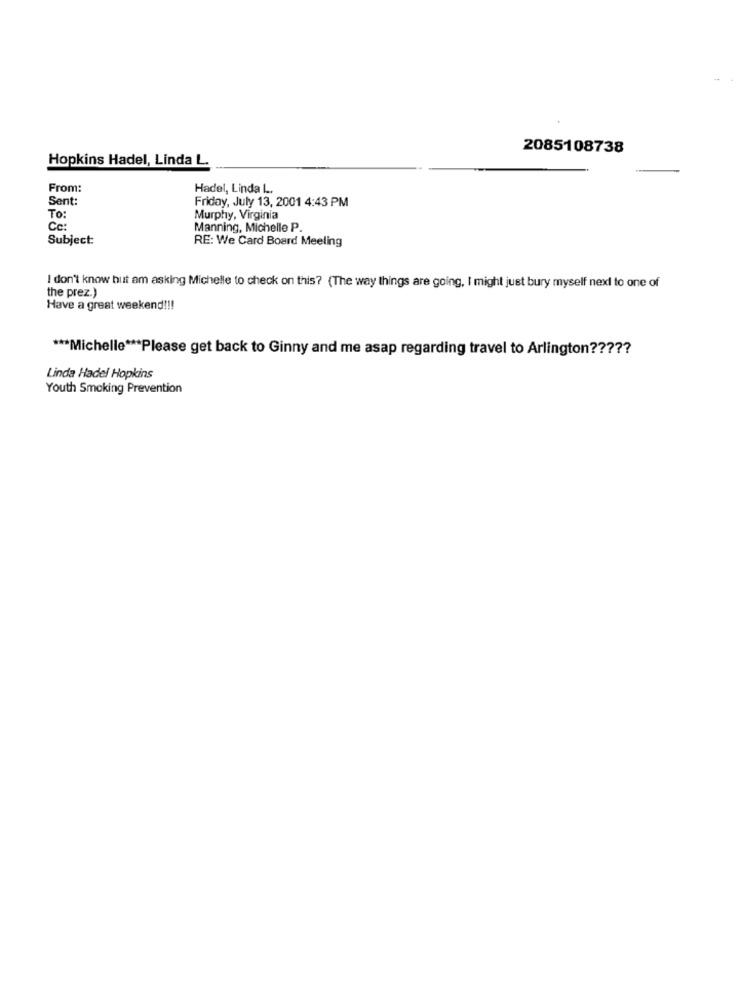
2085108738
Hopkins Hadel, Linda L.
From:
Hadel, Linda L.
Sent:
Friday, July 13, 2001 4:43 PM
To:
Murphy, Virginia
Cc:
Manning, Michelle P.
Subject:
RE: We Card Board Meeling
I don't know but am asking Michelle to check on this? (The way things are going, I might just bury myself next to one of
the prez.)
Have a great weekend !!!
*** Michelle *** Please get back to Ginny and me asap regarding travel to Arlington ?????
Linda Hadel Hopkins
Youth Smoking Prevention